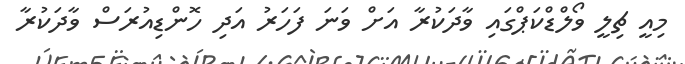
މިއީ ޗިލީ ވޯލްޑްކަޕްގައި ވާދަކުރާ އަށް ވަނަ ފަހަރު އަދި ހޮންޑިއުރަސް ވާދަކުރާ